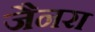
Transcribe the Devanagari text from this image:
जैनरा